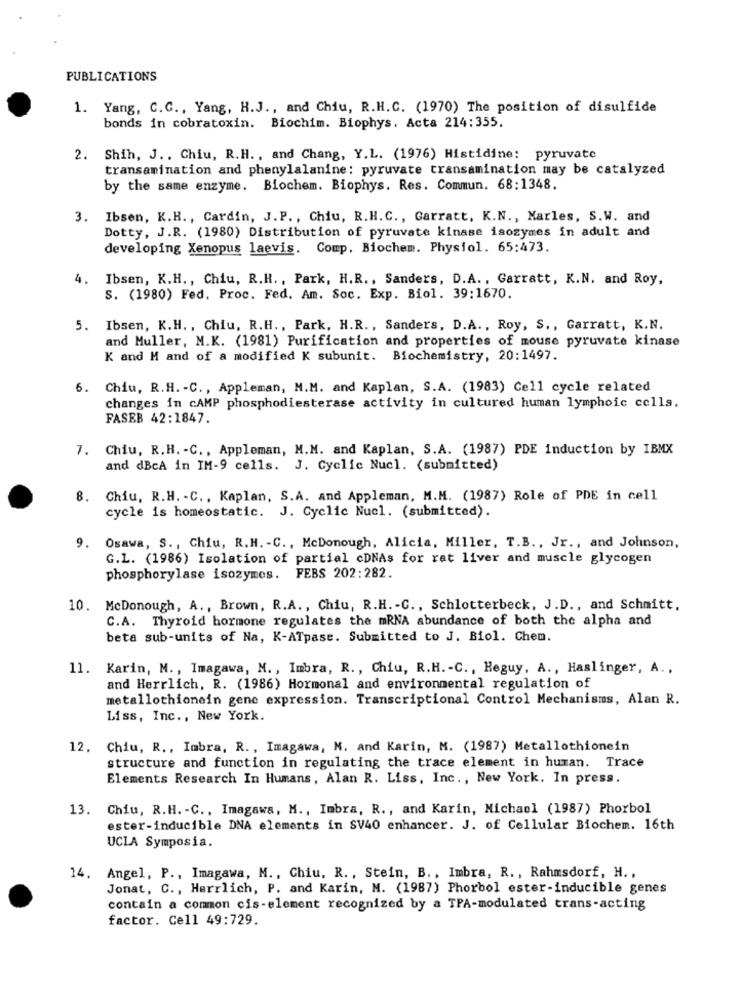
PUBLICATIONS
1. Yang, C.C ., Yang, H.J ., and Chiu, R.H.C. (1970) The position of disulfide
bonds in cobratoxin. Biochim. Biophys. Acta 214:355.
2. Shih, J .. Chiu, R.H ., and Chang, Y.L. (1976) Histidine: pyruvate
transamination and phenylalanine: pyruvate transamination may be catalyzed
by the same enzyme. Biochem. Biophys. Res. Commun. 68:1348.
3. Ibsen, K.H ., Cardin, J.P ., Chiu, R.H.C ., Garratt, K.N ., Marles, S.W. and
Dotty, J.R. (1980) Distribution of pyruvate kinase isozymes in adult and
developing Xenopus laevis. Comp. Biochem. Physiol. 65:473.
4.
Ibsen, K.H ., Chiu, R.H ., Park, H.R ., Sanders, D.A ., Garratt, K.N. and Roy,
S. (1980) Fed. Proc. Fed. Am. Soc. Exp. Biol. 39:1670.
5. Ibsen, K.H ., Chiu, R.H ., Park, H.R ., Sanders, D.A ., Roy, S ., Garratt, K.N.
and Muller, M.K. (1981) Purification and properties of mouse pyruvate kinase
K and M and of a modified K subunit. Biochemistry, 20:1497.
6. Chiu, R.H. - C ., Appleman, M.M. and Kaplan, S.A. (1983) Cell cycle related
changes in cAMP phosphodiesterase activity in cultured human lymphoic cells.
FASEB 42:1847.
7. Chiu, R.H. - C ., Appleman, M.M. and Kaplan, S.A. (1987) PDE induction by IBMX
and dBcA in IM-9 cells.
J. Cyclic Nucl. (submitted)
8. Chiu, R.H. - C ., Kaplan, S.A. and Appleman, M.M. (1987) Role of PDE in cell
cycle is homeostatic. J. Cyclic Nucl. (submitted).
9. Osawa, S ., Chiu, R.H. - C ., McDonough, Alicia, Miller, T.B ., Jr ., and Johnson,
G.L. (1986) Isolation of partial cDNAs for rat liver and muscle glycogen
phosphorylase isozymes. FEBS 202:282.
10. McDonough, A ., Brown, R.A ., Chiu, R.H. - C ., Schlotterbeck, J.D ., and Schmitt.
C.A. Thyroid hormone regulates the mRNA abundance of both the alpha and
beta sub-units of Na, K-ATpase. Submitted to J. Biol. Chem.
11. Karin, M ., Imagawa, N ., Imbra, R ., Chiu, R.H .- C ., Heguy, A ., Haslinger, A .,
and Herrlich, R. (1986) Hormonal and environmental regulation of
metallothionein gene expression. Transcriptional Control Mechanisms, Alan R.
Liss, Inc ., New York.
12. Chiu, R ., Imbra, R ., Imagawa, N. and Karin, M. (1987) Metallothionein
structure and function in regulating the trace element in human. Trace
Elements Research In Humans, Alan R. Liss, Inc ., New York. In press.
13. Chiu, R.H. - C ., Imagawa, M ., Imbra, R ., and Karin, Michael (1987) Phorbol
ester-inducible DNA elements in SV40 enhancer. J. of Cellular Biochem. 16th
UCLA Symposia.
14. Angel, P ., Imagawa, M ., Chiu. R ., Stein, B ., Imbra, R ., Rahmsdorf, H .,
Jonat, C ., Herrlich, P. and Karin, M. (1987) Phorbol ester-inducible genes
contain a common cis-element recognized by a TPA-modulated trans-acting
factor. Cell 49:729.